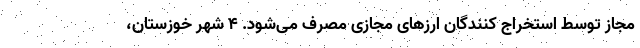
مجاز توسط استخراج کنندگان ارزهای مجازی مصرف می‌شود. ۴ شهر خوزستان،